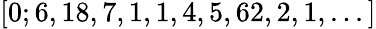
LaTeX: [0;6,18,7,1,1,4,5,62,2,1,...]